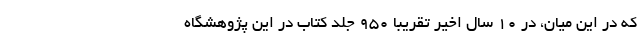
که در این میان، در ۱۰ سال اخیر تقریباً ۹۵۰ جلد کتاب در این پژوهشگاه